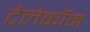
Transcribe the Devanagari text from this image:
टेलेकॉम